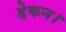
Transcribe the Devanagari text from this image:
डेकन।